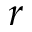
r